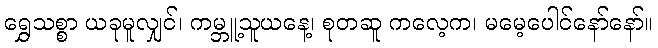
ရွှေသစ္စာ ယခုမူလျှင်၊ ကမ္ဘူ့သူယနေ့၊ စုတဆူ ကလေ့က၊ မမေ့ပေါင်နော်နော်။